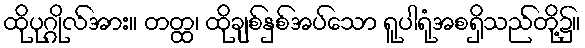
ထိုပုဂ္ဂိုလ်အား။ တတ္ထ၊ ထိုချစ်နှစ်အပ်သော ရူပါရုံအစရှိသည်တို့၌။